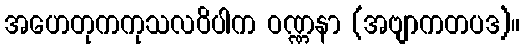
အဟေတုကကုသလဝိပါက ဝဏ္ဏနာ (အဗျာကတပဒ)။